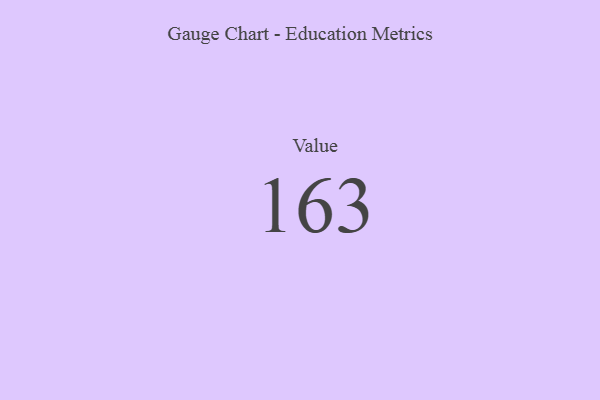
{"axis": {"x": "Metric", "y": "Value"}, "legend": [""], "data": [{"x": "Value", "y": 163, "type": ""}]}